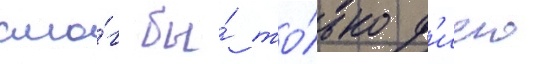
смо́г бы́ то́лько д'иего